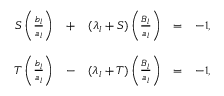
\begin{array} { r c r c r } { { S \left( \frac { b _ { l } } { a _ { l } } \right) } } & { { + } } & { { ( \lambda _ { l } + S ) \left( \frac { B _ { l } } { a _ { l } } \right) } } & { { = } } & { { - 1 , } } \\ { { } } & { { } } & { { } } \\ { { T \left( \frac { b _ { l } } { a _ { l } } \right) } } & { { - } } & { { ( \lambda _ { l } + T ) \left( \frac { B _ { l } } { a _ { l } } \right) } } & { { = } } & { { - 1 , } } \end{array}